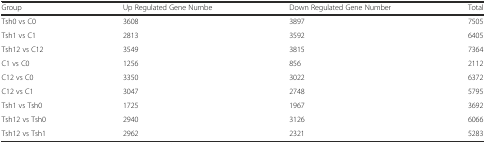
<table><thead><tr><td><b>Group</b></td><td><b>Up Regulated Gene Numbe</b></td><td><b>Down Regulated Gene Number</b></td><td><b>Total</b></td></tr></thead><tbody><tr><td>Tsh0 vs C0</td><td>3608</td><td>3897</td><td>7505</td></tr><tr><td>Tsh1 vs C1</td><td>2813</td><td>3592</td><td>6405</td></tr><tr><td>Tsh12 vs C12</td><td>3549</td><td>3815</td><td>7364</td></tr><tr><td>C1 vs C0</td><td>1256</td><td>856</td><td>2112</td></tr><tr><td>C12 vs C0</td><td>3350</td><td>3022</td><td>6372</td></tr><tr><td>C12 vs C1</td><td>3047</td><td>2748</td><td>5795</td></tr><tr><td>Tsh1 vs Tsh0</td><td>1725</td><td>1967</td><td>3692</td></tr><tr><td>Tsh12 vs Tsh0</td><td>2940</td><td>3126</td><td>6066</td></tr><tr><td>Tsh12 vs Tsh1</td><td>2962</td><td>2321</td><td>5283</td></tr></tbody></table>